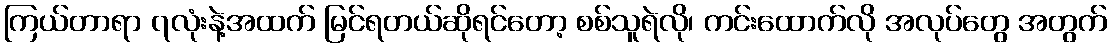
ကြယ်တာရာ ၇လုံးနဲ့အထက် မြင်ရတယ်ဆိုရင်တော့ စစ်သူရဲလို၊ ကင်းထောက်လို အလုပ်တွေ အတွက်